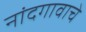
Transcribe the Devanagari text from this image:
नांदगावाचे